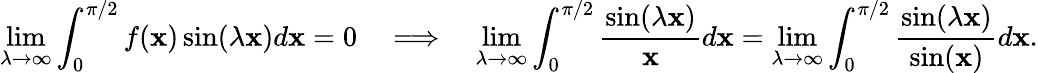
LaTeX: \operatorname*{lim}_{\lambda\to\infty}\int_{0}^{\pi/2}f(\mathbf{x})\sin(\lambda\mathbf{x})d\mathbf{x}=0\quad\Longrightarrow\quad\operatorname*{lim}_{\lambda\to\infty}\int_{0}^{\pi/2}{\frac{{\sin(\lambda\mathbf{x})}}{{\mathbf{x}}}}d\mathbf{x}=\operatorname*{lim}_{\lambda\to\infty}\int_{0}^{\pi/2}{\frac{{\sin(\lambda\mathbf{x})}}{{\sin(\mathbf{x})}}}d\mathbf{x}.